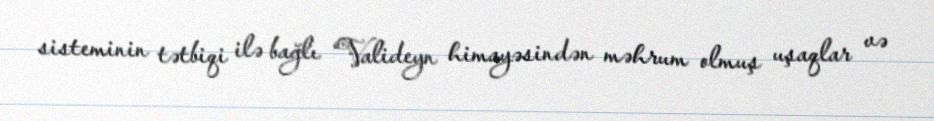
sisteminin tətbiqi ilə bağlı “Valideyn himayəsindən məhrum olmuş uşaqlar və